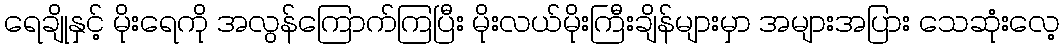
ရေချိုနှင့် မိုးရေကို အလွန်ကြောက်ကြပြီး မိုးလယ်မိုးကြီးချိန်များမှာ အများအပြား သေဆုံးလေ့